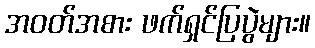
အဝတ်အစား ဖက်ရှင်ပြပွဲများ။